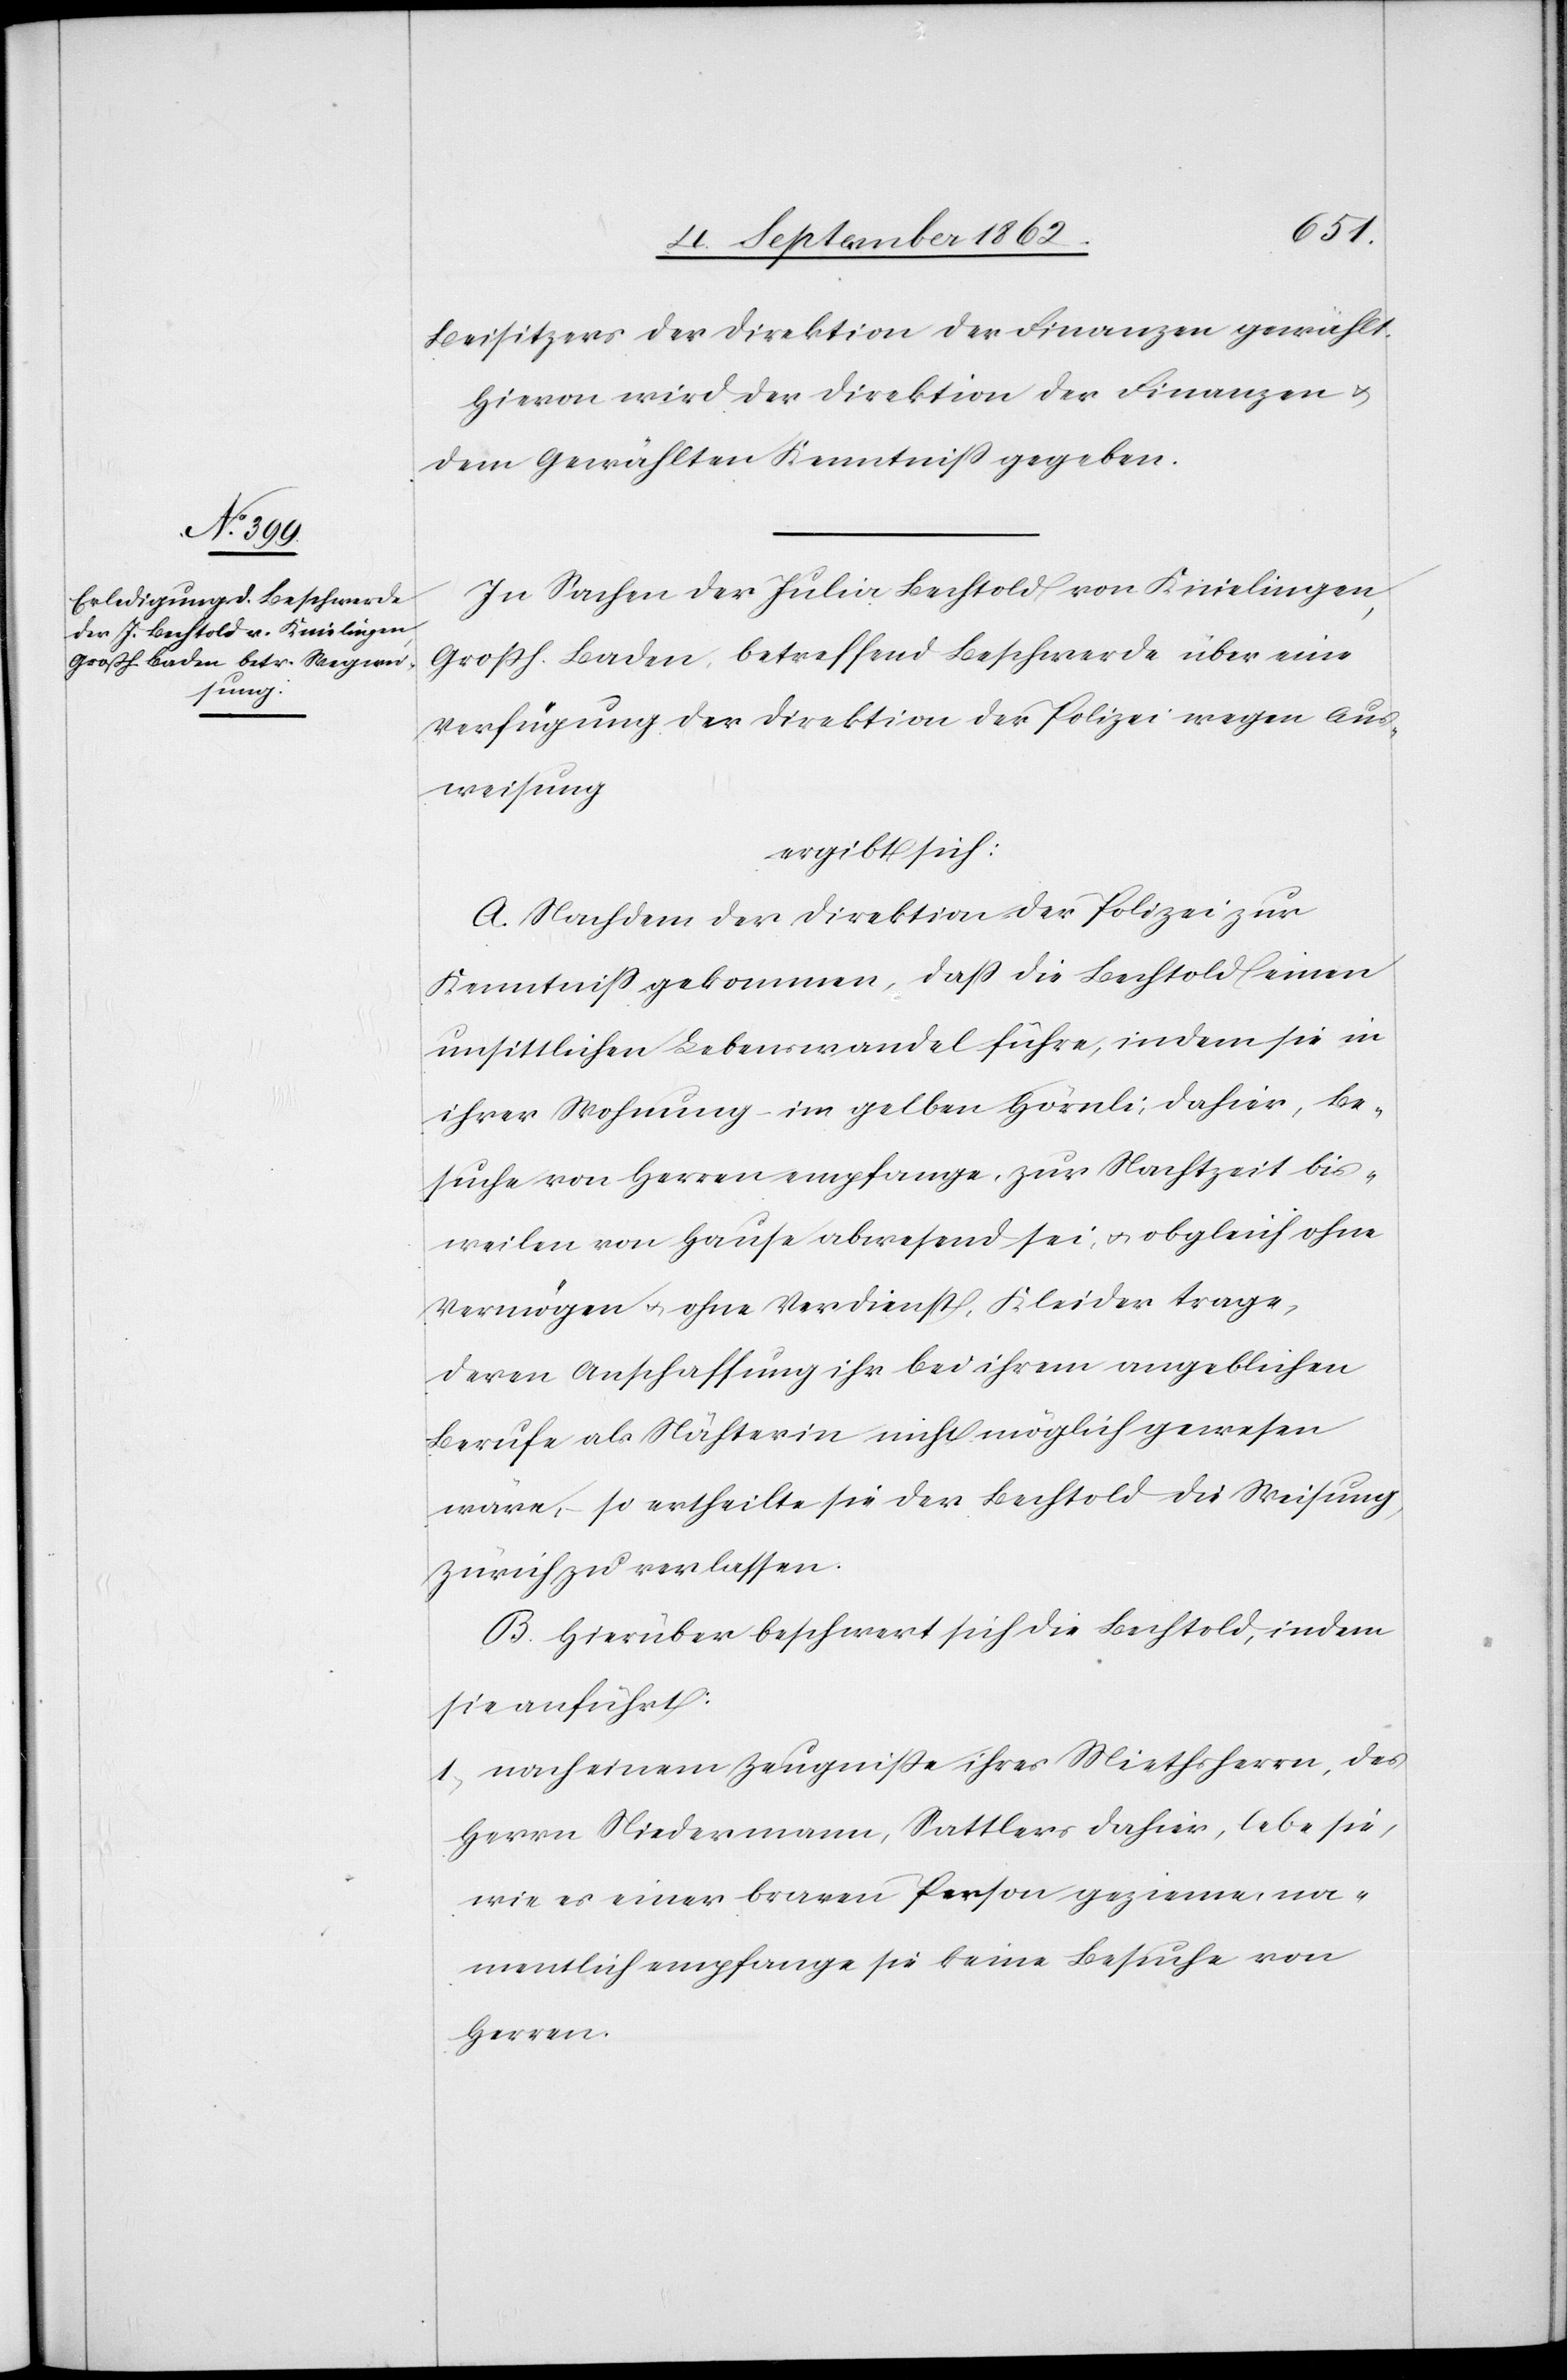
Beisitzers der Direktion der Finanzen gewählt.
Hievon wird der Direktion der Finanzen u.
dem Gewählten Kenntniß gegeben.
In Sachen der Julia Bechtold von Knielingen,
Großh. Baden, betreffend Beschwerde über eine
Verfügung der Direktion der Polizei wegen Aus¬
weisung
ergibt sich:
A. Nachdem der Direktion der Polizei zur
Kenntniß gekommen, daß die Bechtold einen
unsittlichen Lebenswandel führe, indem sie in
ihrer Wohnung – im gelben Hörnli, dahier, Be¬
suche von Herren empfange, zur Nachtzeit bis¬
weilen von Hause abwesend sei, u. obgleich ohne
Vermögen u. ohne Verdienst, Kleider trage,
deren Anschaffung ihr bei ihrem angeblichen
Berufe als Nähterin nicht möglich gewesen
wäre, – so ertheilte sie der Bechtold die Weisung,
Zürich zu verlassen.
B. Hierüber beschwert sich die Bechtold, indem
sie anführt:
1. nach einem Zeugniße ihres Miethsherrn, des
Herrn Niedermann, Sattlers dahier, lebe sie,
wie es einer braven Person gezieme, na¬
mentlich empfange sie keine Besuche von
Herren.